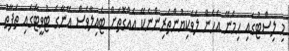
މި ލިސްޓުގައި ހިމެނޭ އެހެން ލަވަކިޔުންތެރިންނެކޭ އެއްގޮތަށް ޓެއިލާވެސް އޭނާގެ ޓުވީޓާގައި ތަފާތު